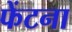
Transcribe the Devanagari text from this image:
फेंटना